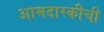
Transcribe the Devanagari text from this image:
आमदारकीची